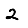
Digit: 2